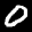
Label: 0